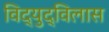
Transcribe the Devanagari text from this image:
विद्युद्विलास